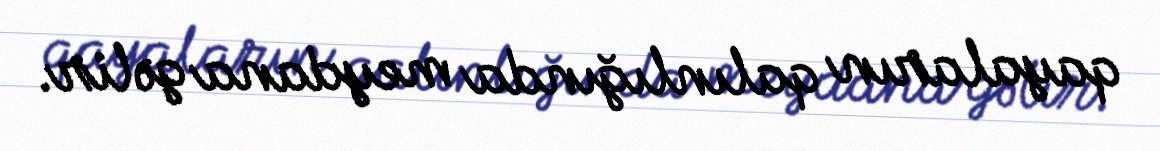
qayaların qalınlığında meydana gəlir.